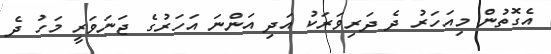
އެގޮތުން މިއަހަރު ދެ ދަރިވަރަކު އަދި އަންނަ އަހަރުގެ ޖަނަވަރީ މަހު ދެ